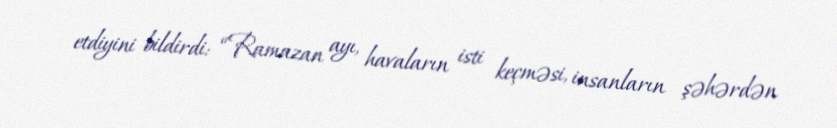
etdiyini bildirdi: “Ramazan ayı, havaların isti keçməsi, insanların şəhərdən